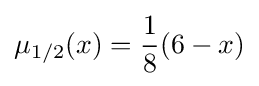
\mu _{1/2}(x)={\frac {1}{8}}(6-x)